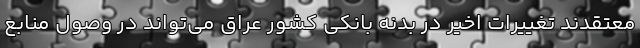
معتقدند تغییرات اخیر در بدنه بانکی کشور عراق می‌تواند در وصول منابع